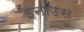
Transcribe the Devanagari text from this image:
इनाउस